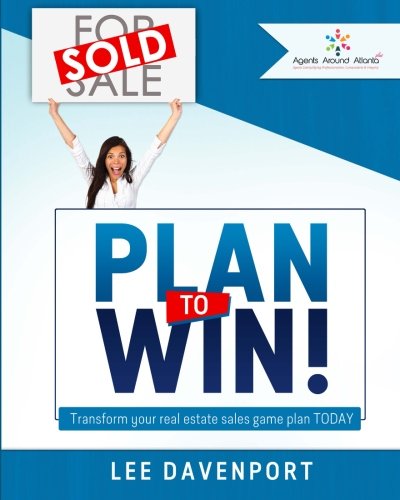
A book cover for Plan to Win!: Transform Your Real Estate Sales Game Plan; Lee Davenport; Business & Money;